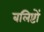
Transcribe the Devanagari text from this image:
बलिष्टों